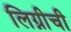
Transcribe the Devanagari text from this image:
लिग्नीची